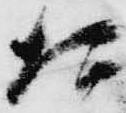
た